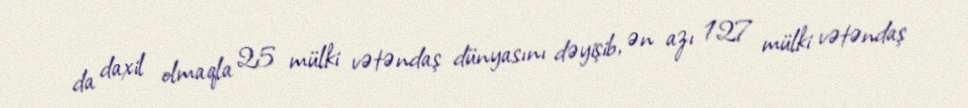
da daxil olmaqla 25 mülki vətəndaş dünyasını dəyişib, ən azı 127 mülki vətəndaş